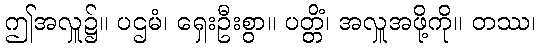
ဤအလှူ၌။ ပဌမံ၊ ရှေးဦးစွာ။ ပတ္တိံ၊ အလှူအဖို့ကို။ တဿ၊